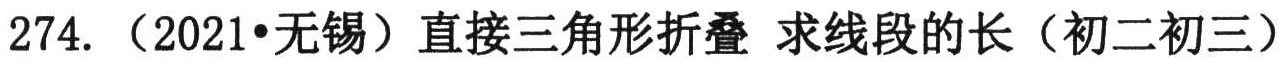
274. （2021•无锡）直接三角形折叠 求线段的长（初二初三）